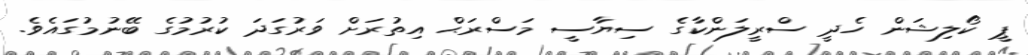
ޕީ ކޯލިޝަން ހެދީ ސްރީލަންކާގެ ސިޔާސީ މަސްރަޙް އިތުރަށް ވަރުގަދަ ކުރުމުގެ ބޭނުމުގައެވެ.